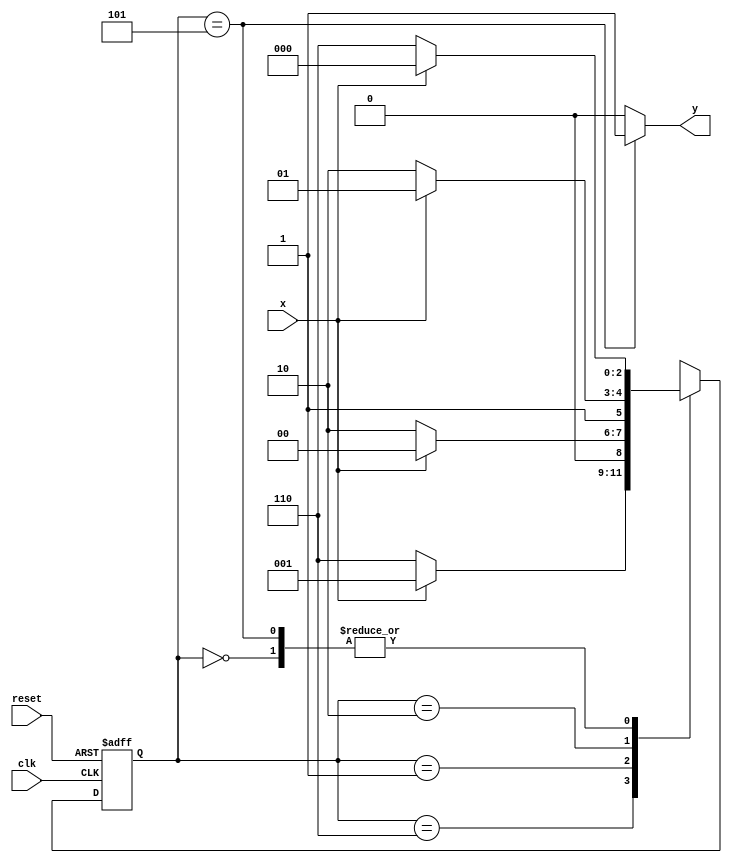
// ---------------------
// Guia 10_02 - Moore/FSM
// Nome: Bruno Cezar Andrade Viallet
// ---------------------

//----------------------------
// constant definitions
//----------------------------
`define found    1
`define notfound 0

//----------------------------
//-- Module FSM Moore
//----------------------------
module Moore0110( y, x, clk, reset );

	output y;
	input  x;
	input  clk;
	input  reset;

	reg    y;

	parameter        // state identifiers
		start  = 3'b000,
		id0    = 3'b110,
		id01   = 3'b001,
		id011  = 3'b010,
		id0110 = 3'b101;  //  signal found

	reg [2:0] E1;	// current state variables
	reg [2:0] E2;	// next state logic output

	// next state logic
	
		always @( x or E1 )
		begin
		y = `notfound;
		
		case( E1 )
		start:
			if ( x )
				E2 = start;
			else
				E2 = id0;
			
			id0:
				if ( x )
					E2 = id01;
				else
					E2 = id0;
			
			id01:
				if ( x )
					E2 = start;
				else
					E2 = id011;
			
			id011:
				if ( x )
					E2 = id0110;
				else
					E2 = id0;
			
			id0110:
			if ( x )
				begin
			 		E2 = start;
					y = `found;
				end
			else
				begin
					E2 = id0;
					y = `found;
				end
			
			default:   // undefined statee  
				E2 = 3'bxxx;
				
		endcase
		end // always at signal or state changing


	// state variables
		always @( posedge clk or negedge reset )
		begin
			if ( reset )
				E1 = E2;    // updates current state
			else
				E1 = 0;     // reset
		end // always at signal changing

endmodule //Moore0110

module Exe02;
	
	reg   clk, reset, x;
	wire  m1;

 	Moore0110 M1 ( m1, x, clk, reset );

	initial
	begin
		$display("Guia 10_02 - Bruno Cezar Andrade Viallet - 396679");
		$display("\nTempo\tX  Sequencia 0110 sem interseo" );
		
	// initial values
       clk   = 1;
       reset = 0;
       x     = 0;

	// input signal changing
		#10   reset = 1;
		#10  x = 1;
		#10  x = 0;
		#10  x = 0;
		#10  x = 1;
		#10  x = 0;
		#10  x = 1;
		#10  x = 1;
		#10  x = 1;
		#10  x = 1;
		#10  x = 0;
		#10  x = 1;
		#10  x = 1;
		#10  x = 1;
		#10  x = 0;
		#10  x = 1;
		#10  x = 0;
		#10  x = 0;
		#10  x = 0;
		
		#5 $finish;
	
	end // initial

	always
		#5 clk = ~clk;

	always @( posedge clk )
	begin
			$display ( "%4d \t%b\t\t%b", $time, x, m1);
	end // always at positive edge clocking changing

endmodule //exe02